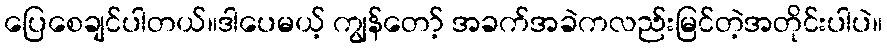
ပြေစေချင်ပါတယ်။ဒါပေမယ့် ကျွန်တော့် အခက်အခဲကလည်းမြင်တဲ့အတိုင်းပါပဲ။